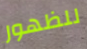
للظهور